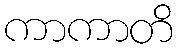
ကာကာတိ